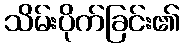
သိမ်းပိုက်ခြင်း၏